Scottish Leaving Certificate Examination, 1955
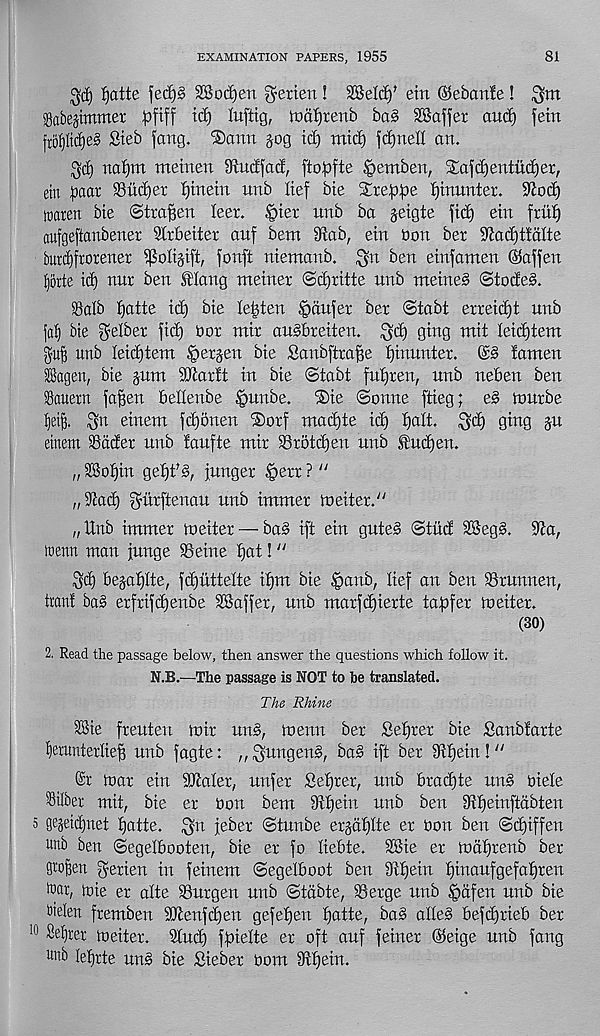
EXAMINATION PAPERS, 1955
81
fjatte fed)§ 2Bod)en gerien! SSeld)' ein ©eban!e!
jgabejtmmer pftff id) Iu[ttg, tDaijrenb ba§ 28affer aud) fem
j r of)Itcf)e§ Steb fang. ®ann jog id) mid) fd)nell an.
3'd) naijm meinen iftudfad, ftof3fte ^emben, ^afdjentiidjer,
eiit paar SSudjer fjinein unb lief bie Streppe f)inunter. 9iod)
tnaren bie ©tra^en leer. §ier unb ba jeigte fid) ein ftid)
aufgeftanbener Slrbeiter anf bem 9iab, ein Don bet S^adjtidlte
burdffrorener ^olijift, fonft niemanb. ^n ben einfamen ©affen
lorte id) nnr ben Hang meiner ©djritte unb meineS ©tode§.
)8alb fjatte id) bie lenten ^>ciufer ber ©tabt erreidjt unb
fa!) bte $elber fid) Oor mir ausbreiten. gd) ging mit teidjtem
guf unb leidjtem §etjen bte Sanbftra^e t)inunter.
famen
iSagen, bie jum Sdtarft in bie ©tabt futfren, unb neben ben
Sauerrt faffen bellenbe |»unbe. ®ie ©onne ftieg; e§ imtrbe
fei^. 3n einem fdjonen ®orf mad)te id) fjalt. 3d) ging ju
ernem 23dder unb faufte mir Srotdjen unb Studjen.
„ 28o!)in ge^t’§, junger §err ? "
„9?ad) gdttftenau unb immer tveitev."
„Unb immer toeiter —■ bad ift ein guted Stud 3Seg§. Sta,
mm man junge Seine f)at! “
Sd) bejaf)!te, fdjitttelte if)m bie §anb, Kef an ben Srunnen,
iran! bag erfrifdfenbe Staffer, unb marfd)ierte tafafer meiter.
(30)
2. Read the passage below, then answer the questions which follow it.
N.B.—The passage is NOT to be translated.
The Rhine
SBie freuten mir ung, menu ber £ef)ret bte Sanblarte
femnterlie^ unb fagte: ,, ^ungeng, bag ift ber 9tf)ein! “
©r mar ein Staler, unfer Sefjrer, unb brad)te ung biele
Stlber mit, bie er bon bem 9tf)ein unb ben 3if)einftdbten
5 gejeidjnet tjatte. 3 rt jeber ©tunbe erjdfjlte er bon ben ©djiffen
unb ben ©egelbooten, bie er fo Kebte. 2Bie er mdfjrenb ber
graven gerien in feinem ©egelboot ben Dttjein fjinaufgefatjren
luor, lote er alte Surgen unb ©tdbte, Serge unb §dfen unb bie
tielen fremben SOtenfd)en gefef)en fjatte, bag affeg befdfrieb ber
10 Sef)rer meiter. 2lud) fpielte er oft auf feiner ©eige unb fang
unb leljrte ung bie Sieber bom 9tf)ein.